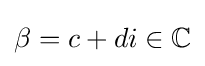
\beta =c+di\in \mathbb {C}